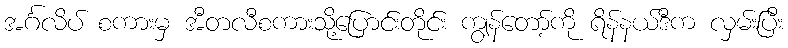
အင်္ဂလိပ် စကားမှ အီတလီစကားသို့ပြောင်းတိုင်း ကျွန်တော့်ကို ရိန်နယ်ဒီက လှမ်းပြီး